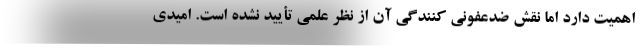
اهمیت دارد اما نقش ضدعفونی کنندگی آن از نظر علمی تأیید نشده است. امیدی